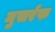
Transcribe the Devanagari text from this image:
मुसर्रफ